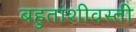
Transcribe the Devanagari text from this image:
बहुतांशीवस्ती